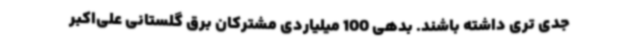
جدی تری داشته باشند. بدهی 100 میلیاردی مشترکان برق گلستانی علی‌اکبر